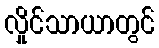
လှိုင်သာယာတွင်